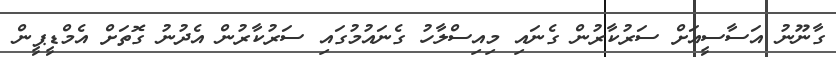
ގާނޫނު އަސާސީއަށް ސަރުކާރުން ގެނައި މިއިސްލާހު ގެނައުމުގައި ސަރުކާރުން އެދުނު ގޮތަށް އެމްޑީޕީން